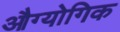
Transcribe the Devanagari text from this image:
औग्योगिक